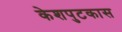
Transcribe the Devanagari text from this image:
केशपुटकास